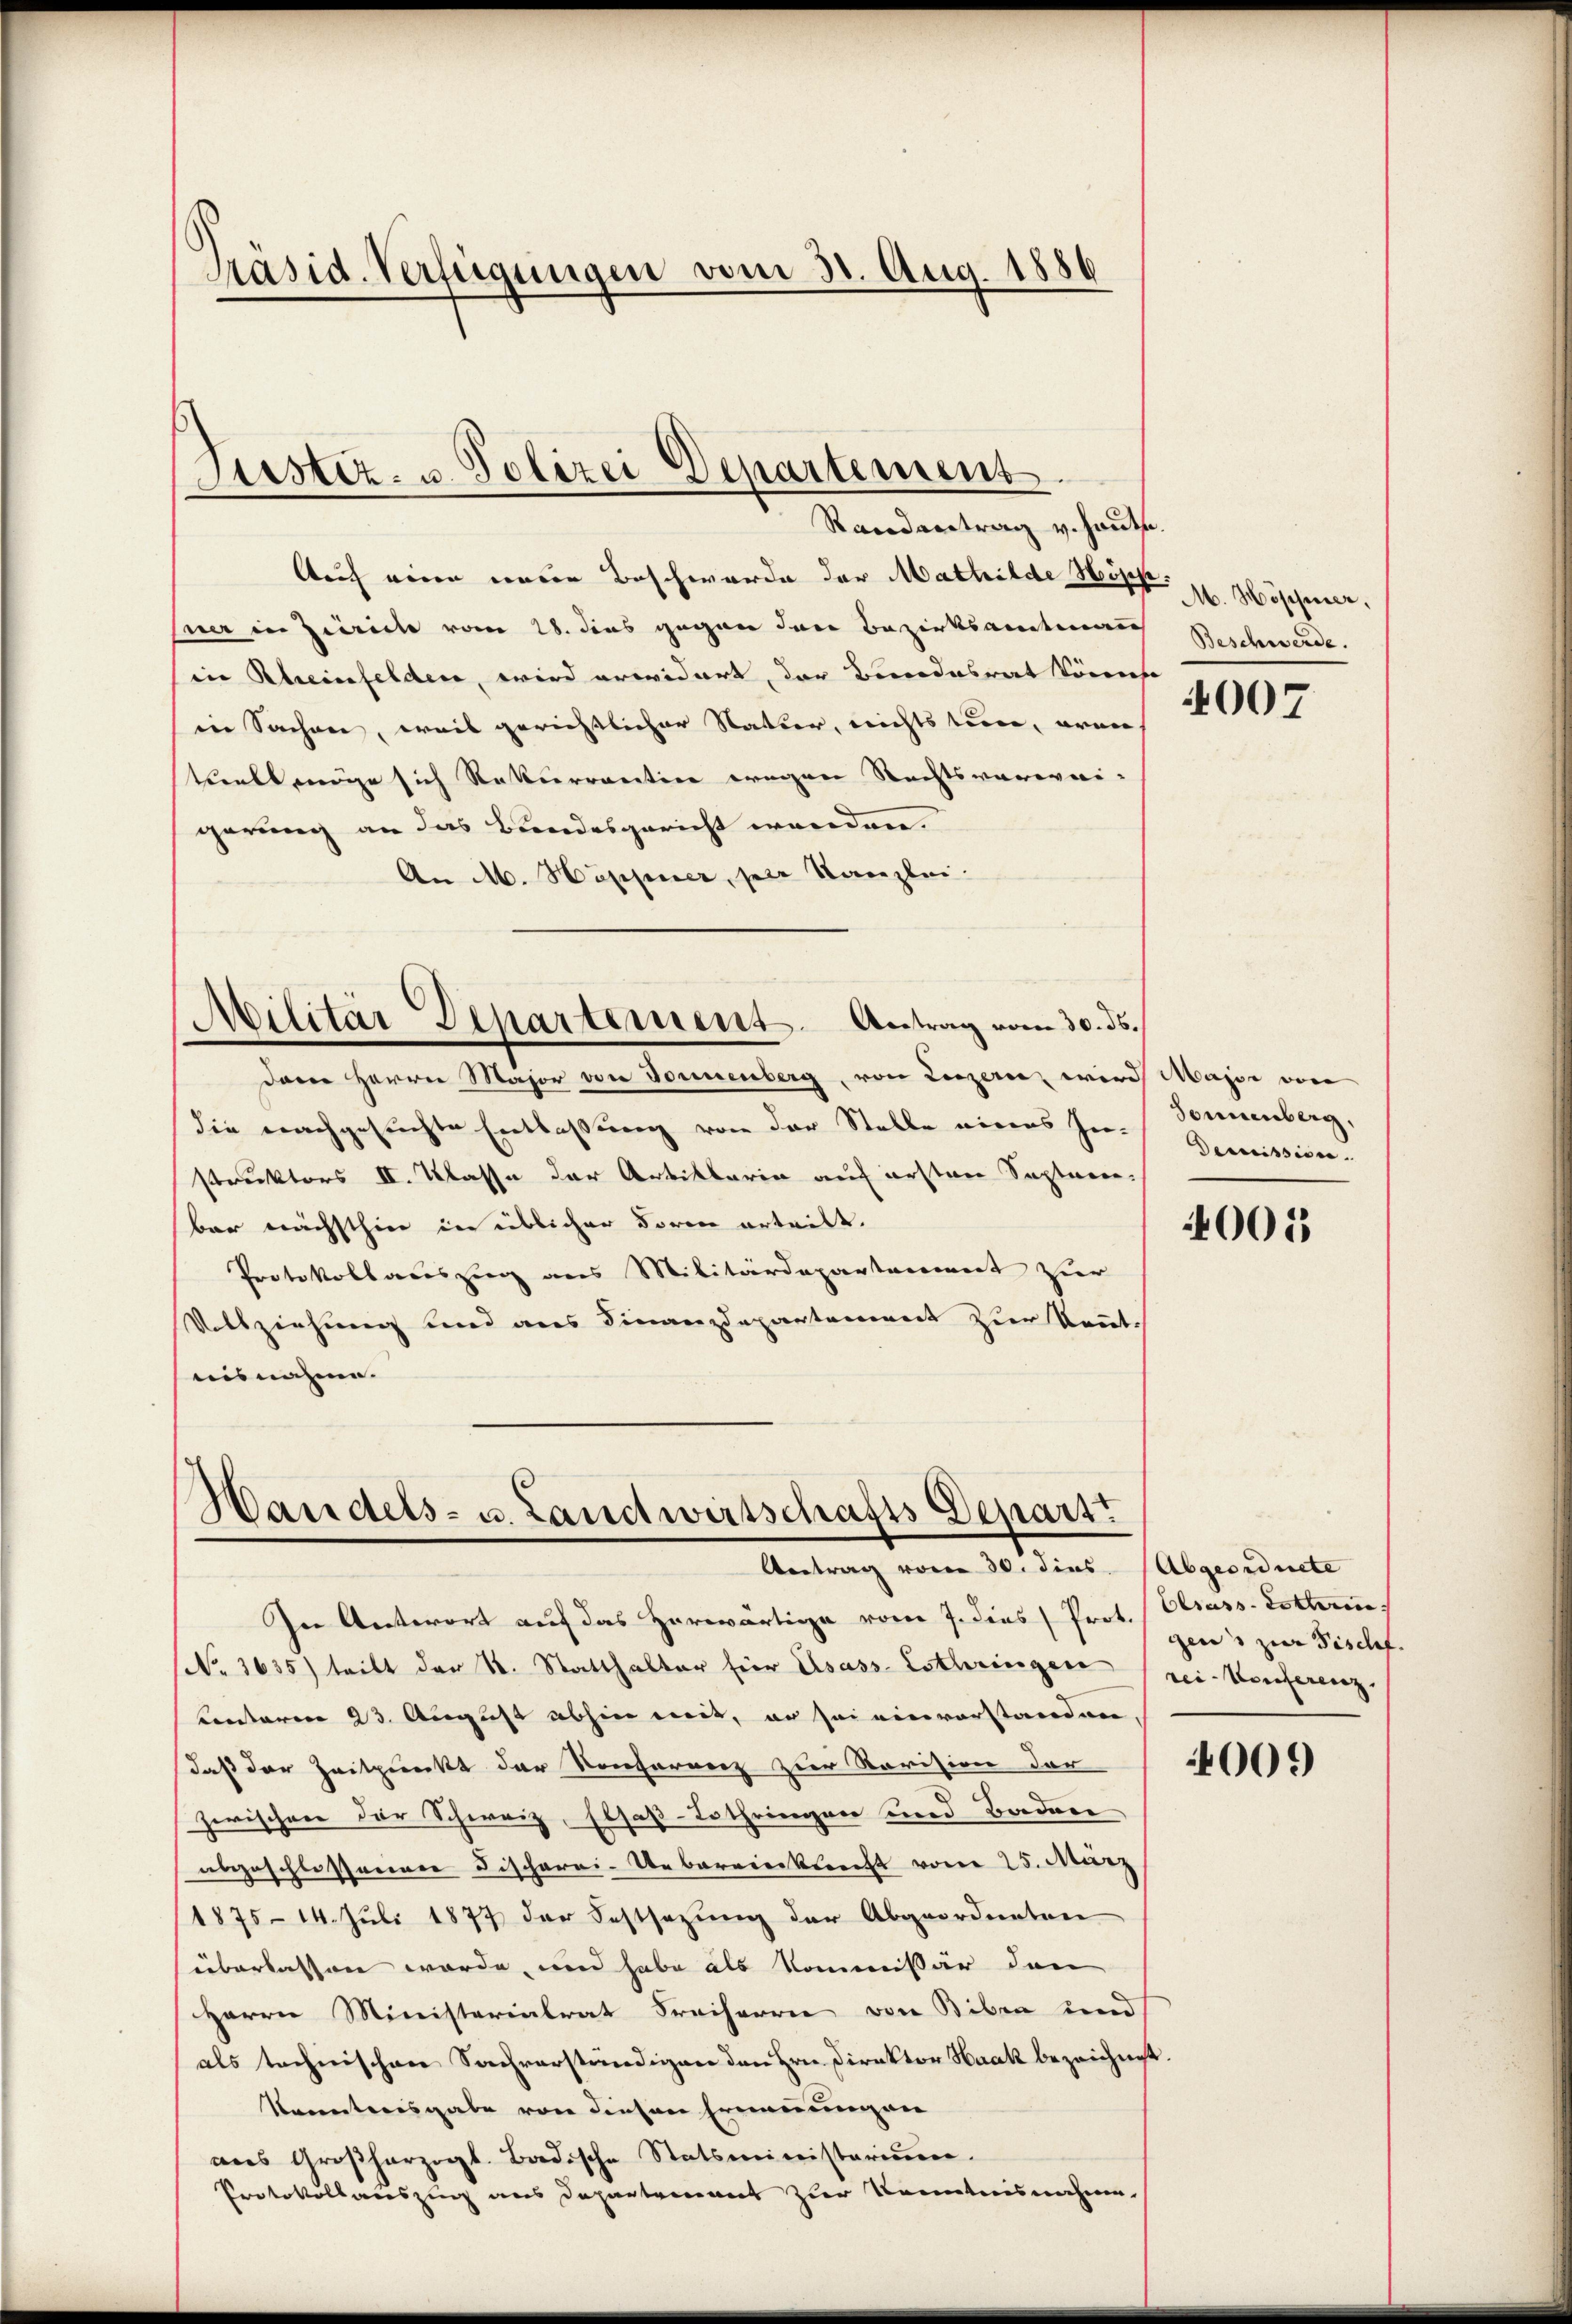
Aauf wenn einer Beschwerde der Mathilde Hist. H. Höppener.
sner in Zürich vom 28. dies gegen den Bezirksamtmann
in Rheinfelden, wird erwidert, der Bundesrat könnte
in Sachen, weil gerichtlicher Natter, nichts tun, arme
tuell möge sich Rekurrentin wegen Rechtsverwei-
gerung an das Bandesgericht werden.
An M. Huppier, seie Kanzlei.

Präsid. Verfügungen vom 30. Aug. 1886

Justiz- u. Polizei Departement
Randentrag v. Haute.

deen Herrn Major von Donnenberg, von Luzern, wird Major von
die nachgesuchte Entlassung von der Stelle eines In. Sonnenberg,
struktors II. Klasse der Artiklaria auf ersten Septembar nächsthin in üblicher Boren erteilt.
Protokollauszug aus Militärdepartement zur
Untziehung und aus Finanzdepartement zur Kennt.
nisnahme.

Militär Departement. Antrag vom 30. ds.

Handels- u. Landwirtschafts Depart
Antrag vom 30. dies. (Abgeordnete

In Antwort auf das herwärtige vom 7. dies (Prot. (Elsass-Lotteren
(No. 3635) teilt der St. Statthalter für Elsass-Lothringen rei-Konferenz.
Centaren 23. August abhin mit, er sei einvorstanden.
daß der Zeitpunkt der Konferenz zur Revision der
u
zwischen der Schweiz, Elsaß-Lothringen und Baden
abgeschlossenen Fischerei-Uebereierklicht vom 25. März
1875 - 14. Juli 1877 der Festsezung der Abgeordneten
überlassen werde, und habe als Kommissär den
Herrn Ministerialrat Freiherrn von Biben und
als technischen Sachverständigen den Hrn. Direktor Haak bezeichnet.
Kenntnisgabe von diesen Ernennungen
aus Großherzogl. Badische Statsministerium.
Protokollauszug aus Departement zur Kenntnisnahme

Beschwerde.

4007

Decission.

4005

gens zur Tischf

4009